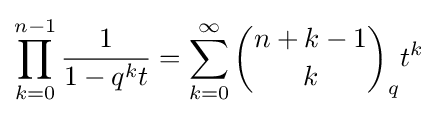
\prod _{k=0}^{n-1}{\frac {1}{1-q^{k}t}}=\sum _{k=0}^{\infty }{n+k-1 \choose k}_{q}t^{k}